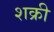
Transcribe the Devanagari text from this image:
शक्री